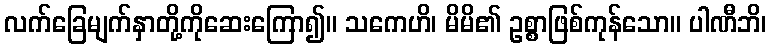
လက်ခြေမျက်နှာတို့ကိုဆေးကြော၍။ သကေဟိ၊ မိမိ၏ ဥစ္စာဖြစ်ကုန်သော။ ပါဏီဘိ၊